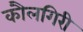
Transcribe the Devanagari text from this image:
कौलगिरी